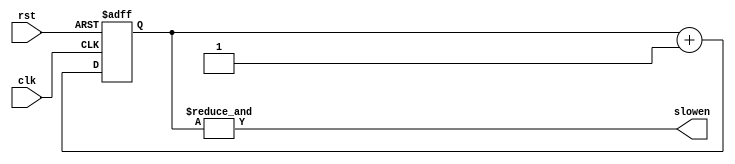
`timescale 1ns / 1ps

module DIV256(
    output slowen,
	 input clk,
    input rst
    );

	reg [7:0] counter;
	
	assign slowen = &counter;  // counter == 255
	
	always @(posedge clk  or posedge rst) 
		if (rst) counter <= 0;
		else	counter <= counter + 1;

endmodule